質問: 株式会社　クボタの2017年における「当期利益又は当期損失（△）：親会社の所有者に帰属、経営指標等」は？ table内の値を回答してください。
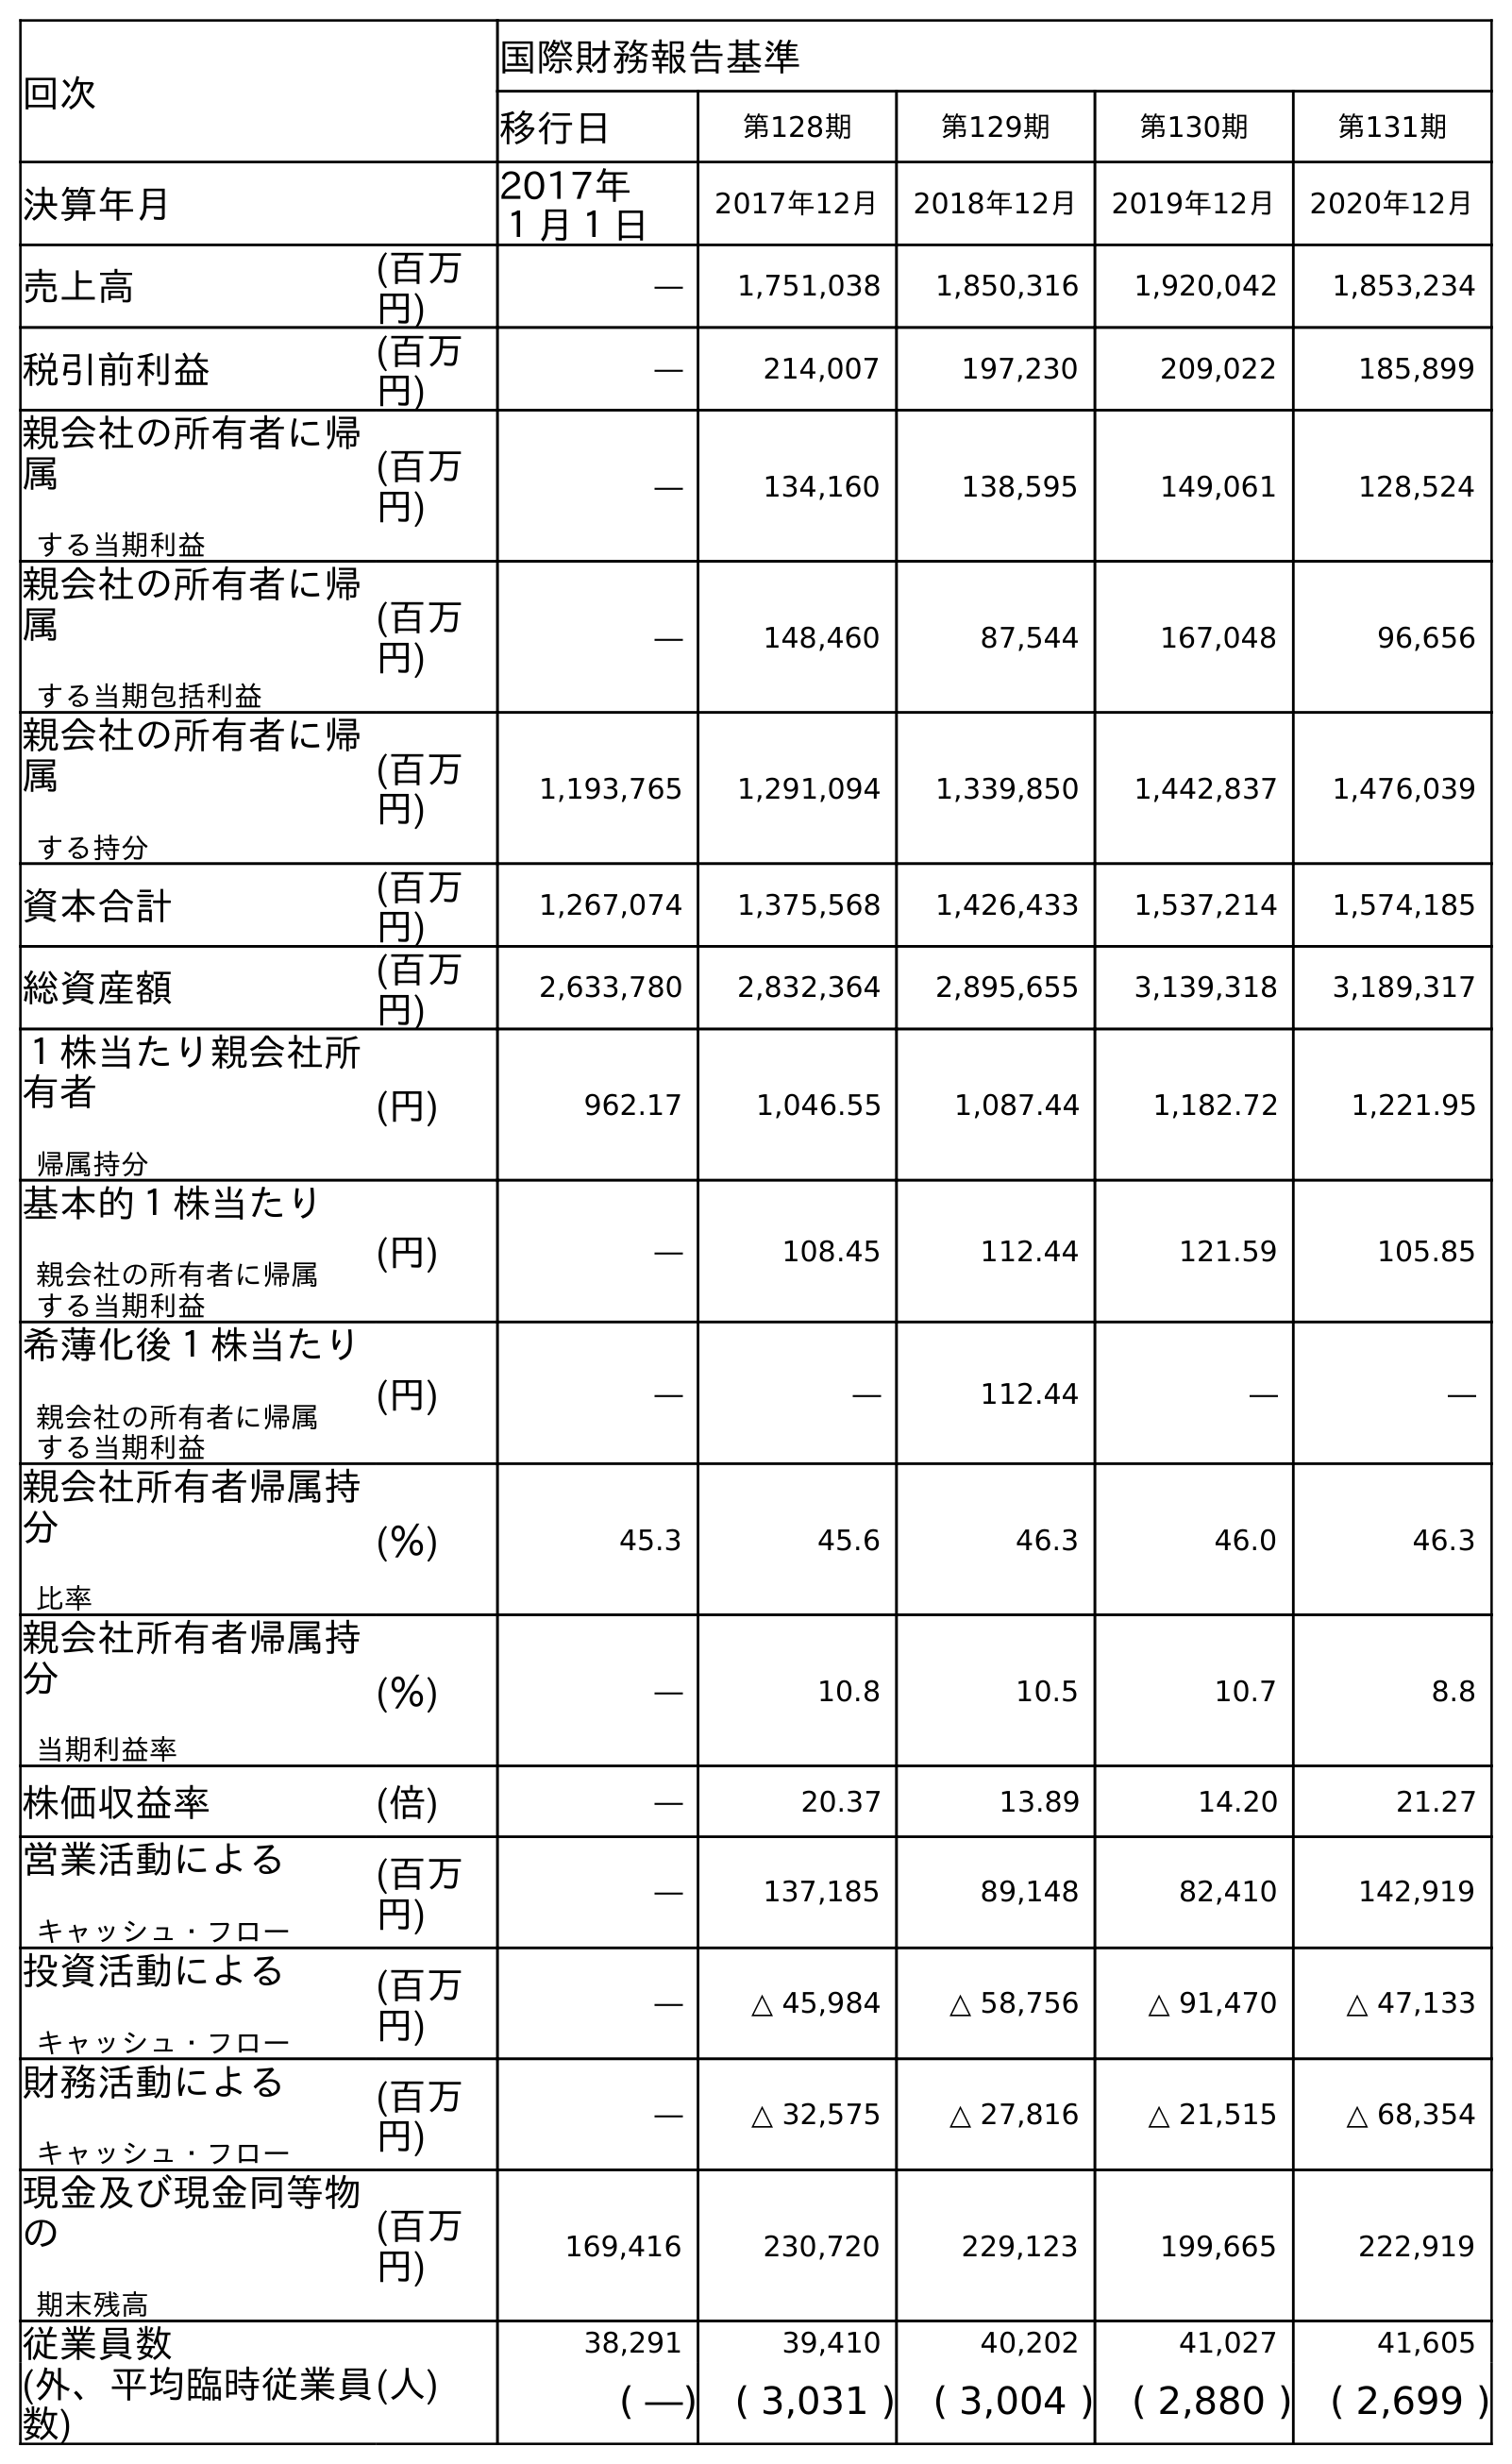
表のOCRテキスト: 回次 国際財務報告基準 移行日 第128期 第129期 第130期 第131期 決算年月 2017年 １月１日 2017年12月 2018年12月 2019年12月 2020年12月 売上高 (百万 円) ― 1,751,038 1,850,316 1,920,042 1,853,234 税引前利益 (百万 円) ― 214,007 197,230 209,022 185,899 親会社の所有者に帰 属 する当期利益 (百万 円) ― 134,160 138,595 149,061 128,524 親会社の所有者に帰 属 する当期包括利益 (百万 円) ― 148,460 87,544 167,048 96,656 親会社の所有者に帰 属 する持分 (百万 円) 1,193,765 1,291,094 1,339,850 1,442,837 1,476,039 資本合計 (百万 円) 1,267,074 1,375,568 1,426,433 1,537,214 1,574,185 総資産額 (百万 円) 2,633,780 2,832,364 2,895,655 3,139,318 3,189,317 １株当たり親会社所 有者 帰属持分 (円) 962.17 1,046.55 1,087.44 1,182.72 1,221.95 基本的１株当たり 親会社の所有者に帰属 する当期利益 (円) ― 108.45 112.44 121.59 105.85 希薄化後１株当たり 親会社の所有者に帰属 する当期利益 (円) ― ― 112.44 ― ― 親会社所有者帰属持 分 比率 (％) 45.3 45.6 46.3 46.0 46.3 親会社所有者帰属持 分 当期利益率 (％) ― 10.8 10.5 10.7 8.8 株価収益率 (倍) ― 20.37 13.89 14.20 21.27 営業活動による キャッシュ・フロー (百万 円) ― 137,185 89,148 82,410 142,919 投資活動による キャッシュ・フロー (百万 円) ― △ 45,984 △ 58,756 △ 91,470 △ 47,133 財務活動による キャッシュ・フロー (百万 円) ― △ 32,575 △ 27,816 △ 21,515 △ 68,354 現金及び現金同等物 の 期末残高 (百万 円) 169,416 230,720 229,123 199,665 222,919 従業員数 (人) 38,291 39,410 40,202 41,027 41,605 (外、平均臨時従業員 数) ( ―) ( 3,031 ) ( 3,004 ) ( 2,880 ) ( 2,699 )
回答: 134,160